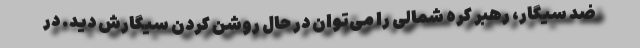
ضد سیگار، رهبر کره شمالی را می‌توان در حال روشن کردن سیگارش دید. در